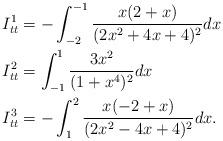
LaTeX: \begin{align*}I_{tt}^{1} & = -\int_{-2}^{-1} \frac{x (2 + x)}{(2x^2 + 4x + 4)^2} dx \\I_{tt}^{2} & = \int_{-1}^{1} \frac{3x^2}{(1+x^4)^2} dx \\I_{tt}^{3} & = -\int_{1}^{2} \frac{x(-2+x)}{(2x^2 -4x + 4)^2} dx. \\\end{align*}